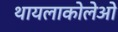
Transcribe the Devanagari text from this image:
थायलाकोलेओ